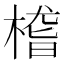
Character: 㮷